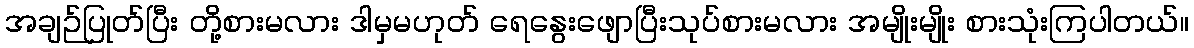
အချဉ်ပြုတ်ပြီး တို့စားမလား ဒါမှမဟုတ် ရေနွေးဖျောပြီးသုပ်စားမလား အမျိုးမျိုး စားသုံးကြပါတယ်။